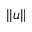
| | u | |